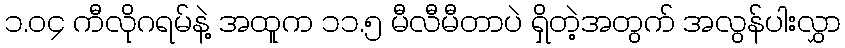
၁.၀၄ ကီလိုဂရမ်နဲ့ အထူက ၁၁.၅ မီလီမီတာပဲ ရှိတဲ့အတွက် အလွန်ပါးလွှာ